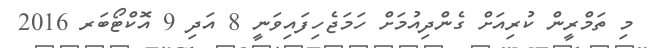
މި ތަމްރީން ކުރިއަށް ގެންދިއުމަށް ހަމަޖެހިފައިވަނީ 8 އަދި 9 އޮކްޓޯބަރ 2016